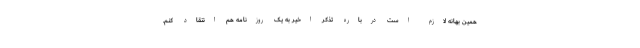
همین بهانه لازم است درباره تذکر اخیر به یک روزنامه هم انتقاد کنم.